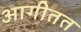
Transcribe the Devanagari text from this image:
आगीतत